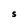
Character: S